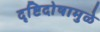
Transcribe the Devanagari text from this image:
दृष्टिदोषामुळे